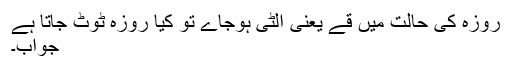
روزہ کی حالت میں قے یعنی الٹی ہوجاے تو کیا روزہ ٹوٹ جاتا ہے
جواب۔